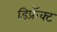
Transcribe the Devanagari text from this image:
डिफ्रॅक्ट